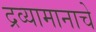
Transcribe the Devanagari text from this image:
द्रव्यामानाचे